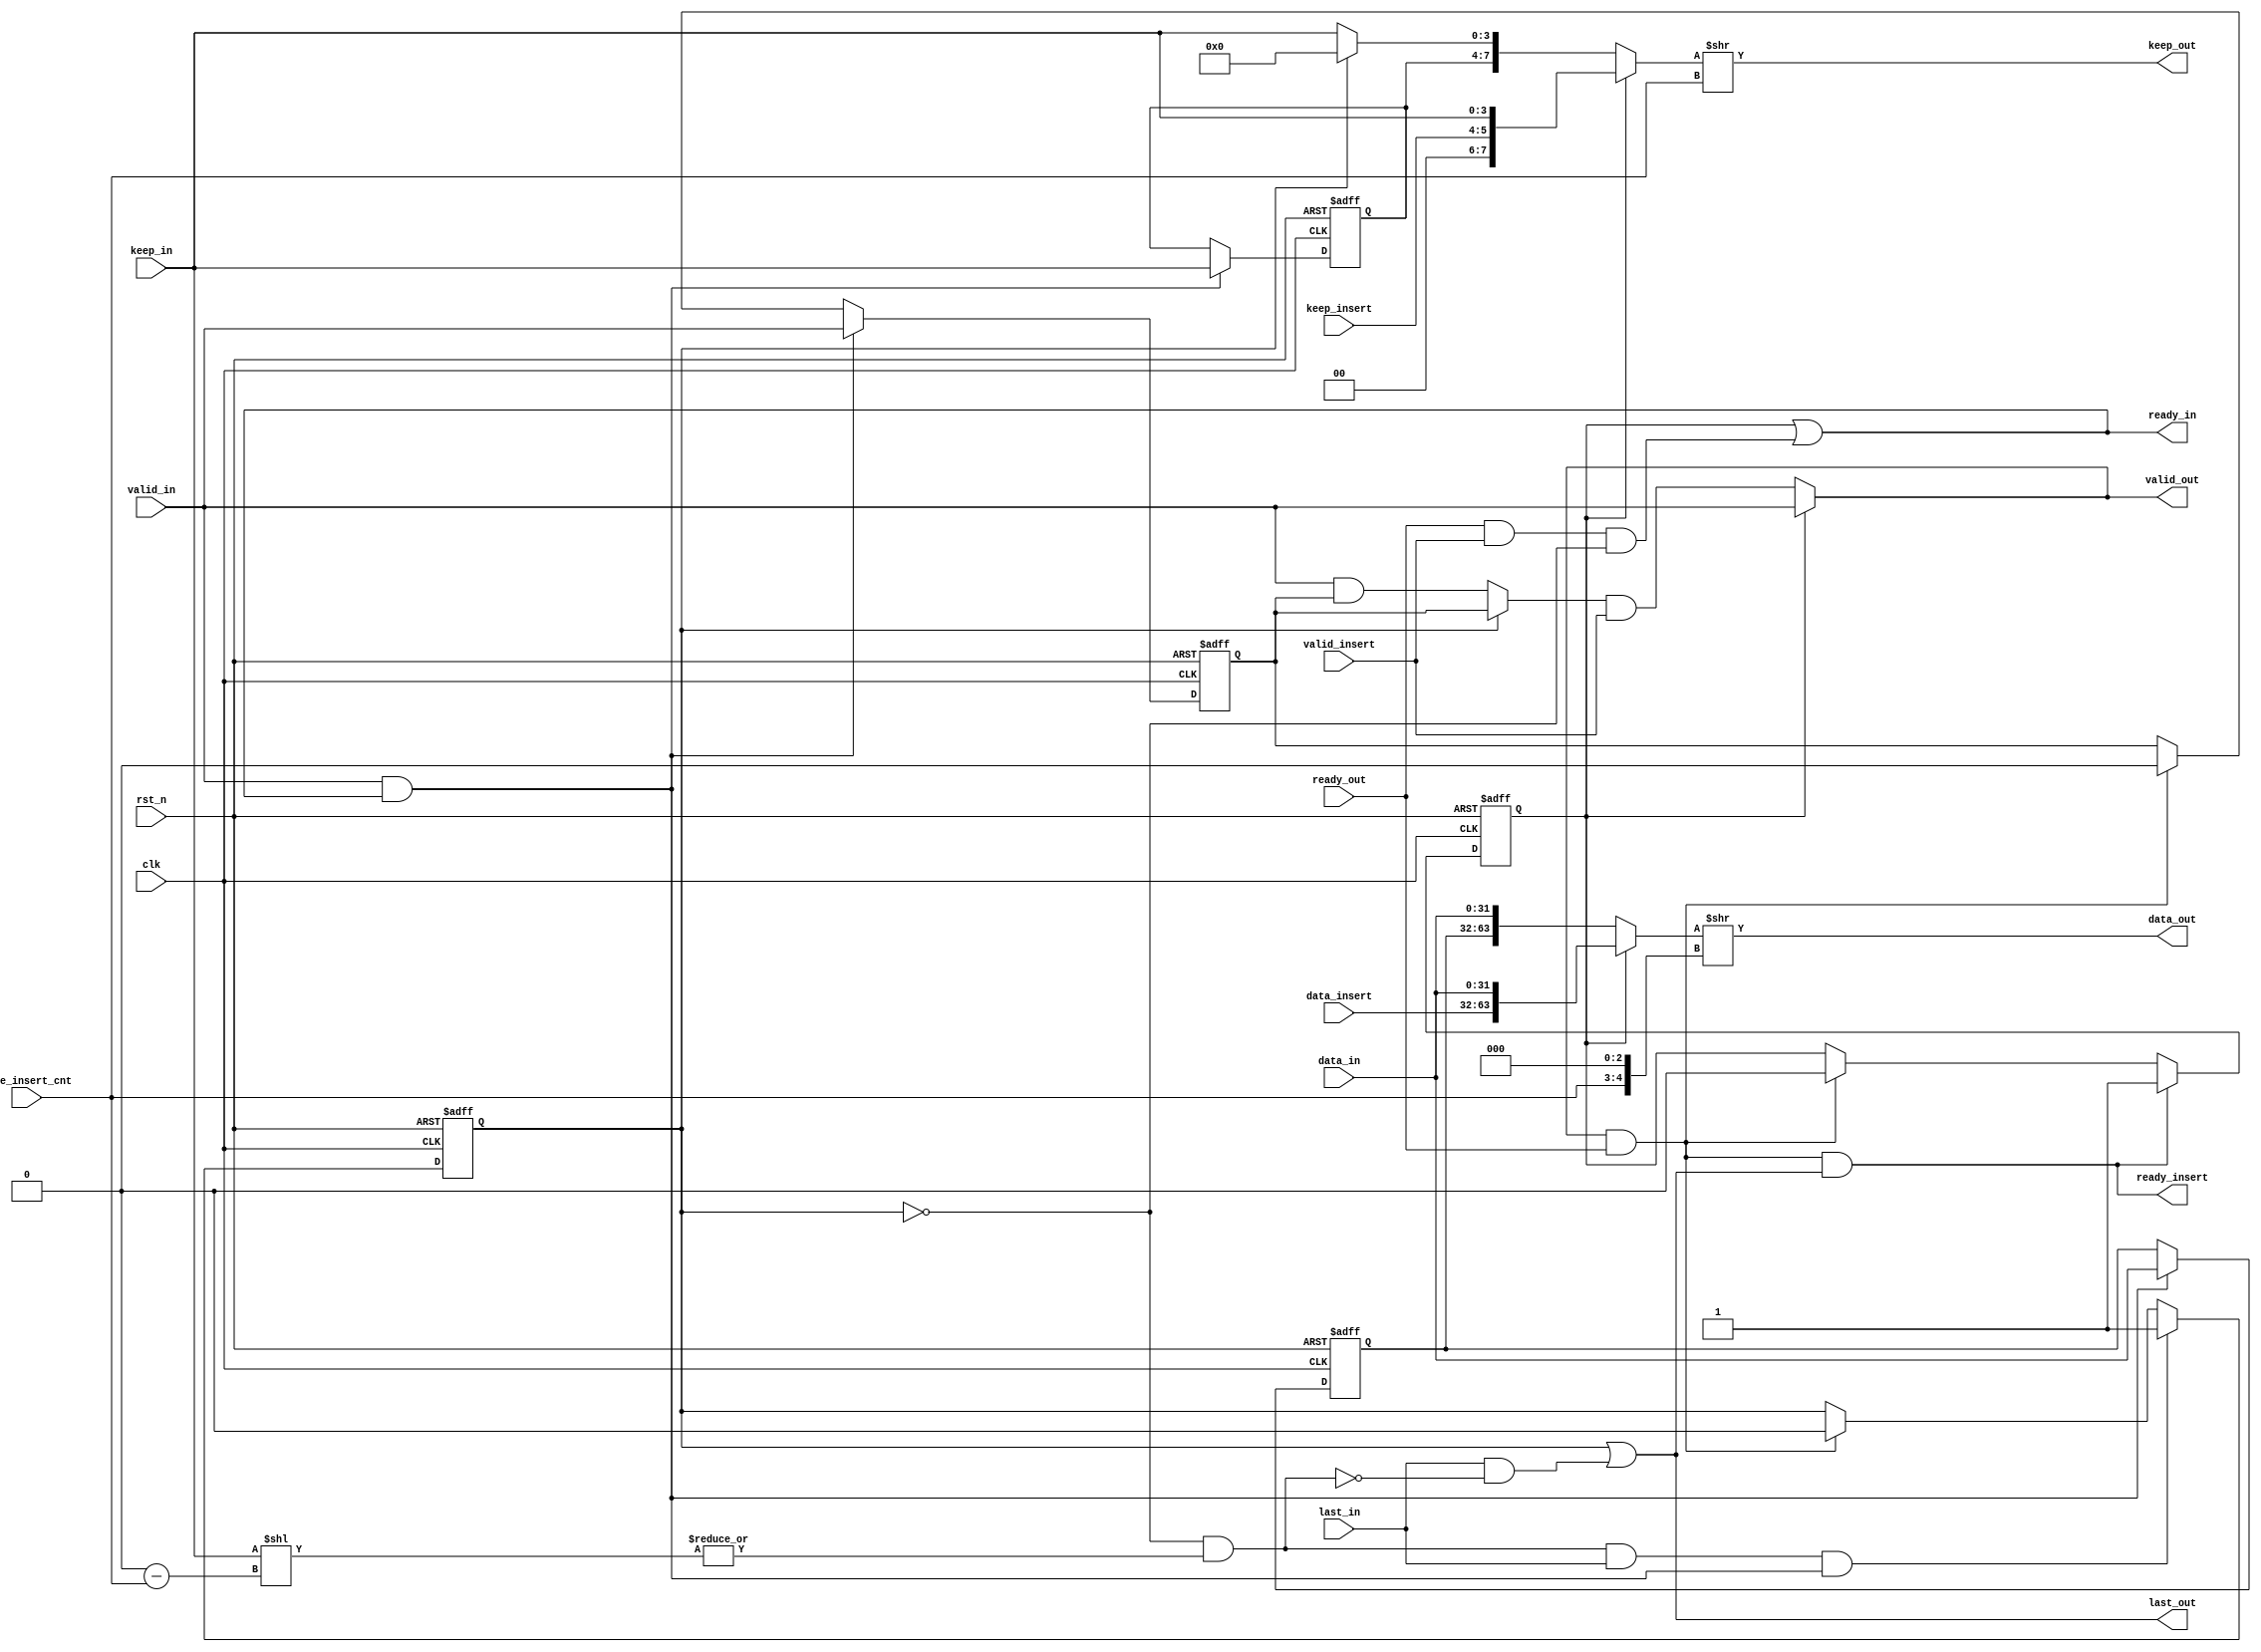
module stream_insert #(
    parameter DATA_WD = 32,
    parameter DATA_BYTE_WD = DATA_WD / 8,
    parameter BYTE_CNT_WD = $clog2(DATA_BYTE_WD)
) (
    input                         clk,
    input                         rst_n,

    input                         valid_in,
    input [DATA_BYTE_WD - 1 : 0]  keep_in,
    input [DATA_WD - 1 : 0]       data_in,
    input                         last_in,
    output                        ready_in,

    output                        valid_out,
    output [DATA_BYTE_WD - 1 : 0] keep_out,
    output [DATA_WD - 1 : 0]      data_out,
    output                        last_out,
    input                         ready_out,

    input                         valid_insert,
    input [BYTE_CNT_WD - 1 : 0]   byte_insert_cnt,
    input [DATA_WD - 1 : 0]       data_insert,
    input [BYTE_CNT_WD - 1 : 0]   keep_insert,        
    output                        ready_insert
);

    localparam DATA_BIT_CNT_WD = $clog2(DATA_WD); //double_data

    wire fire_in     = valid_in && ready_in;
    wire fire_out    = valid_out && ready_out;
    wire fire_insert = valid_insert && ready_insert;

    reg                        valid_in_r;
    reg [DATA_WD - 1 : 0]      data_in_r;
    reg [DATA_BYTE_WD - 1 : 0] keep_in_r;

    reg first_beat_r;
    reg extra_last_beat_r;

    wire [DATA_BYTE_WD - 1 : 0] keep_nothing = {DATA_BYTE_WD{1'b0}};

    wire [2*DATA_WD - 1 : 0]      double_data = first_beat_r ? {data_insert , data_in} : {data_in_r , data_in};
    wire [2*DATA_BYTE_WD - 1 : 0] double_keep = first_beat_r ?
                                                {keep_insert , keep_in} : 
                                                (extra_last_beat_r ?
                                                {keep_in_r , keep_nothing} : {keep_in_r , keep_in}
                                                );

    wire [BYTE_CNT_WD - 1     : 0] right_shift_byte_cnt = byte_insert_cnt;
    wire [DATA_BIT_CNT_WD - 1 : 0] right_shift_bit_cnt  = right_shift_byte_cnt << 3;
    
    assign data_out = double_data >> right_shift_bit_cnt;
    assign keep_out = double_keep >> right_shift_byte_cnt;

    wire [BYTE_CNT_WD : 0]      data_byte_cnt       = DATA_BYTE_WD;
    wire [BYTE_CNT_WD - 1 : 0]  lift_shift_byte_cnt = data_byte_cnt - byte_insert_cnt;
    wire [DATA_BYTE_WD - 1 : 0] next_byte_to_keep   = keep_in << lift_shift_byte_cnt;
    wire                        has_extra_beat      = !extra_last_beat_r && |next_byte_to_keep;
    
    assign ready_insert = fire_out && last_out;
    assign ready_in     = first_beat_r || (ready_out && valid_insert && !extra_last_beat_r);
    assign valid_out    = first_beat_r ? 
                        valid_in : 
                        (extra_last_beat_r ?
                         valid_in_r :
                         (valid_in && valid_in_r)
                        )&& valid_insert; //                        
    assign last_out     = extra_last_beat_r || (last_in && !has_extra_beat);  //fire_out && !has_extra_beatlast_in

    always @(posedge clk or negedge rst_n) begin
        if(!rst_n) begin
            first_beat_r <= 1'b1;            
        end
        else if(last_out && fire_out ) begin
            first_beat_r <= 1'b1;                 //stream_removefire_instream_insert
        end                                       //
        else if(fire_out) begin
            first_beat_r <= 1'b0;
        end
    end

    always @(posedge clk or negedge rst_n) begin
        if(!rst_n) begin
            extra_last_beat_r <= 1'b0;
        end
        else if (has_extra_beat && last_in && fire_in) begin
            extra_last_beat_r <= 1'b1;
        end
        else if (fire_out) begin
            extra_last_beat_r <= 1'b0;
        end
    end

    always @(posedge clk or negedge rst_n) begin
        if(!rst_n) begin
            valid_in_r <= 1'b0;
            data_in_r  <= 'b0;
            keep_in_r  <= 'b0;
        end
        else begin
            if(fire_out) begin
                valid_in_r <= 1'b0;
            end
            if (fire_in) begin      //&&fire_insertinsertfire_infire
                valid_in_r <= valid_in;
                data_in_r  <= data_in;
                keep_in_r  <= keep_in;
        end
        end
    end

endmodule